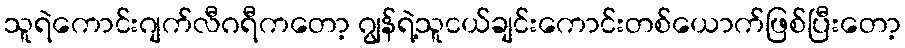
သူရဲကောင်းဂျက်လီဂရီကတော့ ဂျွန်ရဲ့သူငယ်ချင်းကောင်းတစ်ယောက်ဖြစ်ပြီးတော့